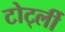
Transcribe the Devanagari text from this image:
टोर्ट्ली